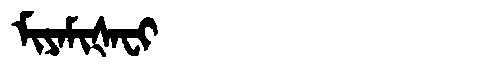
Manchu: ᠮᡳᠶᠠᠮᡳᡧᠠᠸᡳ
Romanization: MIYAMIŠAFI